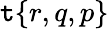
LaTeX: \mathtt{t}{\left\{ \begin{array}{l}{r,q,p}\end{array}\right\} }